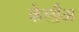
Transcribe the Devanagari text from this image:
केलीअ